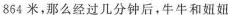
864米，那么经过几分钟后，牛牛和妞妞